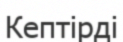
Кептірді